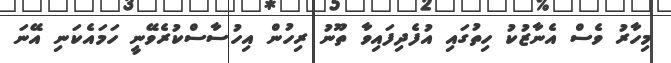
މިހާރު ވެސް އެނާޒުކު ހިތުގައި އުފެދިފައިވާ ތޫނު ރިހުން އިހުސާސްކުރެވޭނީ ހަމައެކަނި އޭނަ